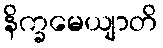
နိက္ခမေယျာတိ